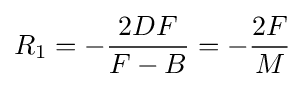
R_{1}=-{\frac {2DF}{F-B}}=-{\frac {2F}{M}}